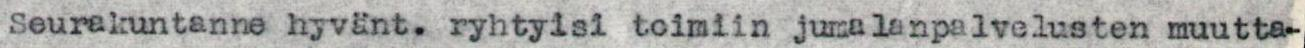
Seurakuntanne hyvänt. ryhtyisi toimiin jumalanpalvelusten muutta-